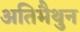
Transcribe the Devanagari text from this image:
अतिमैथुन